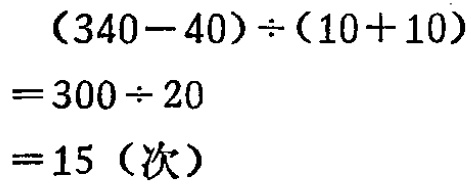
\[(340 - 40)\div(10 + 10)=300\div20 = 15 (\text{次})\]